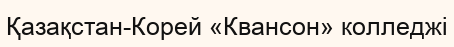
Қазақстан-Корей «Квансон» колледжі